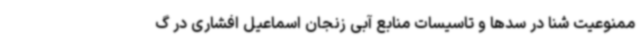
ممنوعیت شنا در سدها و تاسیسات منابع آبی زنجان اسماعیل افشاری در گ